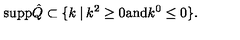
{ \mathrm { s u p p } } \hat { Q } \subset \{ k \: | \: k ^ { 2 } \geq 0 { \mathrm { a n d } } k ^ { 0 } \leq 0 \} .